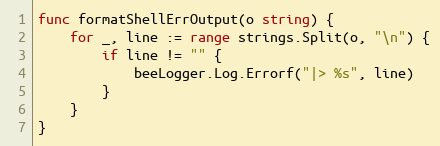
Language: Go
func formatShellErrOutput(o string) {
	for _, line := range strings.Split(o, "\n") {
		if line != "" {
			beeLogger.Log.Errorf("|> %s", line)
		}
	}
}